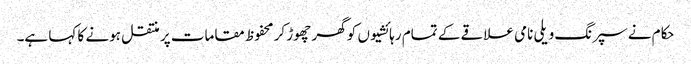
حکام نے سپرنگ ویلی نامی علاقے کے تمام رہائشیوں کو گھر چھوڑ کر محفوظ مقامات پر منتقل ہونے کا کہا ہے۔